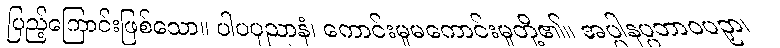
ပြည့်ကြောင်းဖြစ်သော။ ပါပပုညာနံ၊ ကောင်းမှုမကောင်းမှုတို့၏။ အပ္ပါနပ္ပဘာဝပဉှာ၊